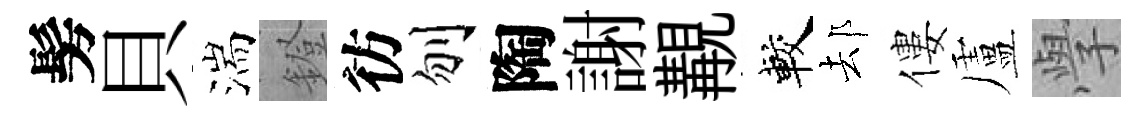
髣貝湍鐙彷刎陶謝覯較𨚫僂盧𭓕